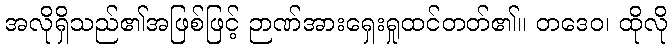
အလိုရှိသည်၏အဖြစ်ဖြင့် ဉာဏ်အားရှေးရှုထင်တတ်၏။ တဒေဝ၊ ထိုလို